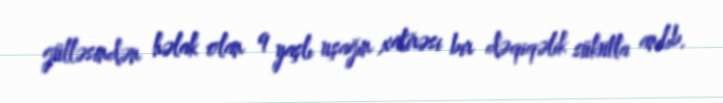
gülləsindən həlak olan 9 yaşlı uşağın xatirəsi bir dəqiqəlik sükutla anılıb.